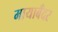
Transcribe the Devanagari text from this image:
मायाबँदर